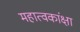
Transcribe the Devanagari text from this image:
महात्वकांक्षा